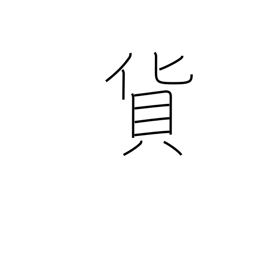
Meaning: freight